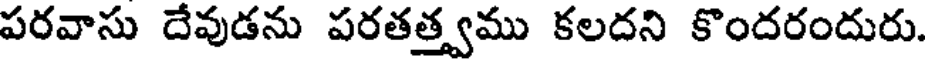
పరవాసు దేవుడను పరతత్త్వము కలదని కొందరందురు.